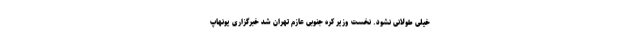
خیلی طولانی نشود. نخست وزیر کره جنوبی عازم تهران شد خبرگزاری یونهاپ